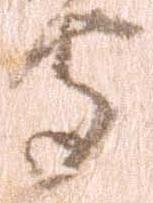
守